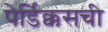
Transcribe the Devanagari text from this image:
पेर्डिक्कसची